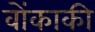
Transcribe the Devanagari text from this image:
वोंकाकी